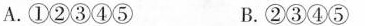
A.①②③④⑤ B.②③④⑤